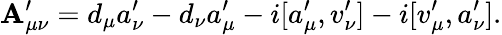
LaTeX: {\cal\mathbf{A}}_{\mu\nu}^{\prime}=d_{\mu}a_{\nu}^{\prime}-d_{\nu}a_{\mu}^{\prime}-i[a_{\mu}^{\prime},v_{\nu}^{\prime}]-i[v_{\mu}^{\prime},a_{\nu}^{\prime}].